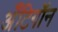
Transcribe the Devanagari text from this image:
अँटिगॉन